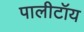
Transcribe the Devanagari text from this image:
पालीटॉय